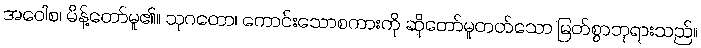
အဝေါစ၊ မိန့်တော်မူ၏။ သုဂတော၊ ကောင်းသောစကားကို ဆိုတော်မူတတ်သော မြတ်စွာဘုရားသည်။